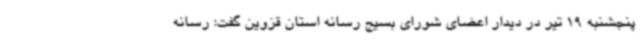
پنجشنبه 19 تیر در دیدار اعضای شورای بسیج رسانه استان قزوین گفت: رسانه